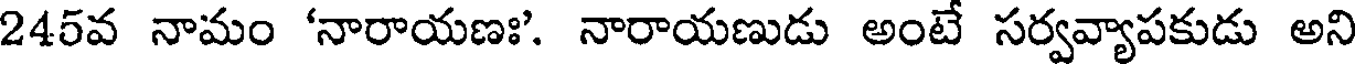
245వ నామం 'నారాయణః'. నారాయణుడు అంటే సర్వవ్యాపకుడు అని